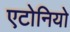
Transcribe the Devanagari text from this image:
एटोनियो